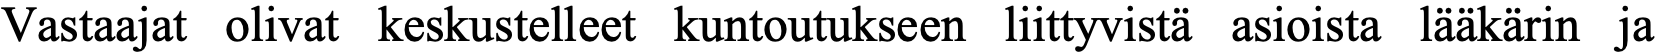
Vastaajat olivat keskustelleet kuntoutukseen liittyvistä asioista lääkärin ja